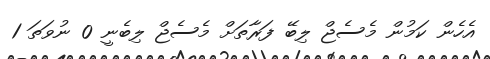
އެހެން ކަމުން މެސެޖް ލިބޭ ފަރާތަށް މެސެޖް ލިބެނީ 0 ނުވަތަ 1